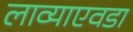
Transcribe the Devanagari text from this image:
लाव्याएवडा